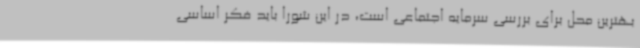
بهترین محل برای بررسی سرمایه اجتماعی است، در این شورا باید فکر اساسی